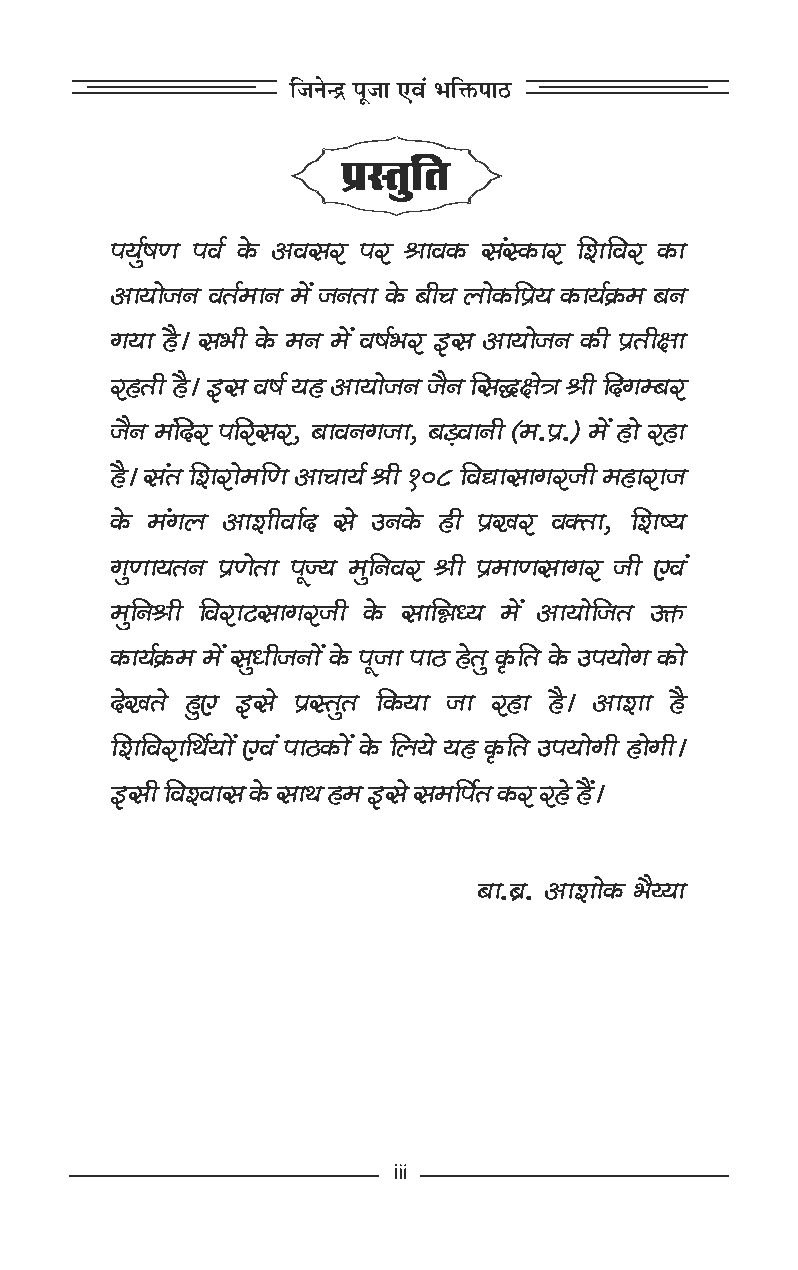
ÂØéüá‡æÂßü·ð¤¥ßâÚUÂÚUŸææß·¤â´S·¤æÚUçàæçßÚU·¤æ
 ¥æØæðÁÙßÌü×æÙ×ð´ÁÙÌæ·ð¤Õè¿Üæð·¤çÂýØ·¤æØü·ý¤×ÕÙ
 »ØæãñUÐâÖè·ð¤×Ù×ð´ßáüÖÚU§Uâ¥æØæðÁÙ·¤èÂýÌèÿææ
 ÚUãUÌèãñUÐ§UâßáüØãU¥æØæðÁÙÁñÙçâhÿæð˜æŸæèçÎ»ÕÚU
 ÁñÙ×´çÎÚUÂçÚUâÚU,ÕæßÙ»Áæ,ÕÇ¸ßæÙè(×.Âý.)×ð´ãUæðÚUãUæ
 ãñUÐâ´ÌçàæÚUæð×ç‡æ¥æ¿æØüŸæè108çßlæâæ»ÚUÁè×ãUæÚUæÁ
 ·ð¤ ×´»Ü ¥æàæèßæüÎ âð ©UÙ·ð¤ ãUè Âý¹ÚU ß€Ìæ, çàæcØ
 »é‡ææØÌÙÂý‡æðÌæÂê’Ø×éçÙßÚUŸæèÂý×æ‡æâæ»ÚUÁè°ß´
 ×éçÙŸæè çßÚUæÅUâæ»ÚUÁè ·ð¤ âæçóæŠØ ×ð´ ¥æØæðçÁÌ ©UQ¤
 ·¤æØü·ý¤××ð´âéŠæèÁÙæð´·ð¤ÂêÁæÂæÆUãðUÌé·ë¤çÌ·ð¤©UÂØæð»·¤æð
 Îð¹Ìð ãéU° §Uâð ÂýSÌéÌ ç·¤Øæ Áæ ÚUãUæ ãñUÐ ¥æàææ ãñU
 çàæçßÚUæçÍüØæð´°ß´ÂæÆU·¤æð´·ð¤çÜØðØãU·ë¤çÌ©UÂØæð»èãUæð»èÐ
 §Uâèçßàßæâ·ð¤âæÍãU×§Uâðâ×çÂüÌ·¤ÚUÚUãðUãñ´UÐ
 Õæ.Õý.¥æàææð·¤ÖñÄØæ